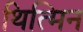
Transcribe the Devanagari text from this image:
थित्मिन